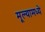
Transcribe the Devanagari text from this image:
मूल्यामध्ये